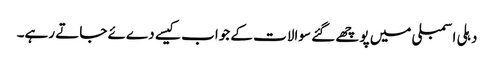
دہلی اسمبلی میں پوچھے گئے سوالات کے جواب کیسے دےئے جاتے رہے۔